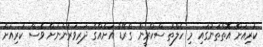
ކުރިއަށް އޮތްތަނުގައި މި ހެލްތު ސްކްރީން ގްރޭޑް އަށެއްގެ ދަރިވަރުންނަށް ވެސް ކުރިއަށް